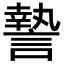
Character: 謺